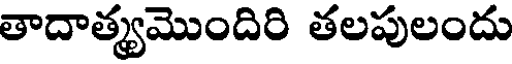
తాదాత్యమొందిరి తలపులందు